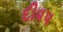
દીવ૫